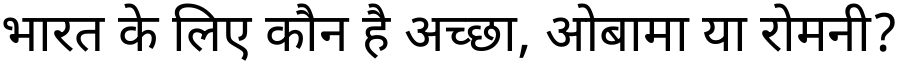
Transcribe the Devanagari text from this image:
भारत के लिए कौन है अच्छा, ओबामा या रोमनी?